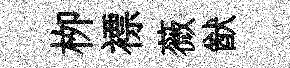
栁褾薇猷